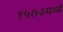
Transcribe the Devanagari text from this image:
१५७३मध्ये